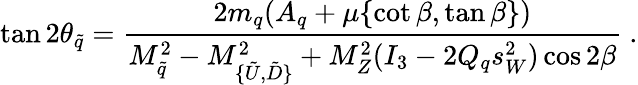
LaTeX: \tan 2\theta_{\tilde{q}}=\frac{2m_{q}(A_{q}+\mu\{ \cot\beta,\tan\beta\} )}{M_{\tilde{q}}^{2}-M_{\{ \tilde{U},\tilde{D}\} }^{2}+M_{Z}^{2}(I_{3}-2Q_{q}s_{W}^{2})\cos 2\beta}\ .